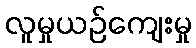
လူမှုယဉ်ကျေးမှု